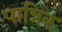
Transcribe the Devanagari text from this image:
पात्रिक